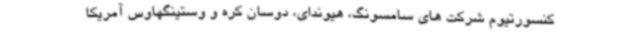
کنسورتیوم شرکت های سامسونگ، هیوندای، دوسان کره و وستینگهاوس آمریکا